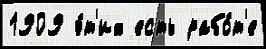
1909 э́т'их есть рабо́т'е